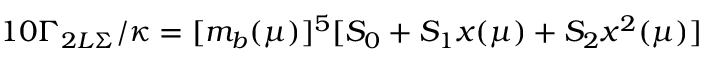
1 0 \Gamma _ { 2 L \Sigma } / \kappa = [ m _ { b } ( \mu ) ] ^ { 5 } [ S _ { 0 } + S _ { 1 } x ( \mu ) + S _ { 2 } x ^ { 2 } ( \mu ) ]